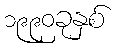
၁၉၉၀ခုနှစ်